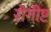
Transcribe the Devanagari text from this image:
रोगीष्ट